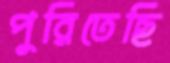
পুরিতেছি